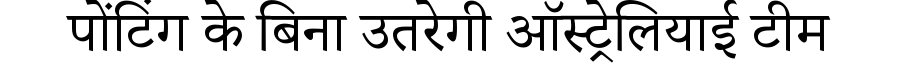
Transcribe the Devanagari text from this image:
पोंटिंग के बिना उतरेगी ऑस्ट्रेलियाई टीम